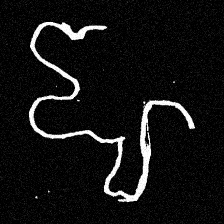
Pyu character \u2014 Myanmar letter: ဈ (romanized: jha)